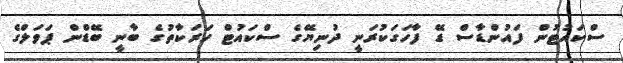
ސްކައުޓުން ފައުންޑާސް ޑޭ ފާހަގަކުރަނީ ދުނިޔޭގެ ސްކައުޓް ހަރަކާތުގެ ބާނީ ބޭޑްން ޕަވަލްގެ